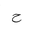
Letter: _ha